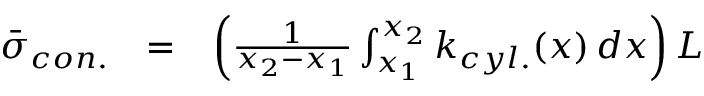
\begin{array} { l c l } { \bar { \sigma } _ { c o n . } } & { = } & { \left( \frac { 1 } { x _ { 2 } - x _ { 1 } } \int _ { x _ { 1 } } ^ { x _ { 2 } } { k _ { c y l . } ( x ) \, d x } \right) L } \end{array}